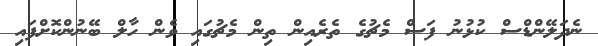
ނެދަލޭންޑްސް ކުޅުނު ފަސް މެޗުގެ ތެރެއިން ތިން މެޗުގައި ވެން ހާލް ބޭނުންކޮށްފައި